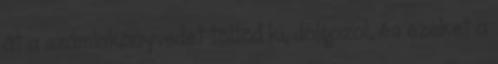
át a számlakönyvedet töltöd ki, dolgozol, és ezeket a